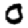
Digit: 0